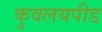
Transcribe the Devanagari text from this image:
कुवलयपीड